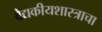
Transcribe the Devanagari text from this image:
वैद्यकीयशास्त्राचा